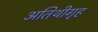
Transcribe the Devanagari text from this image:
अतिथीगृह